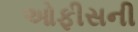
ઓફીસની